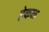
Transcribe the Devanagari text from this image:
हेकळ